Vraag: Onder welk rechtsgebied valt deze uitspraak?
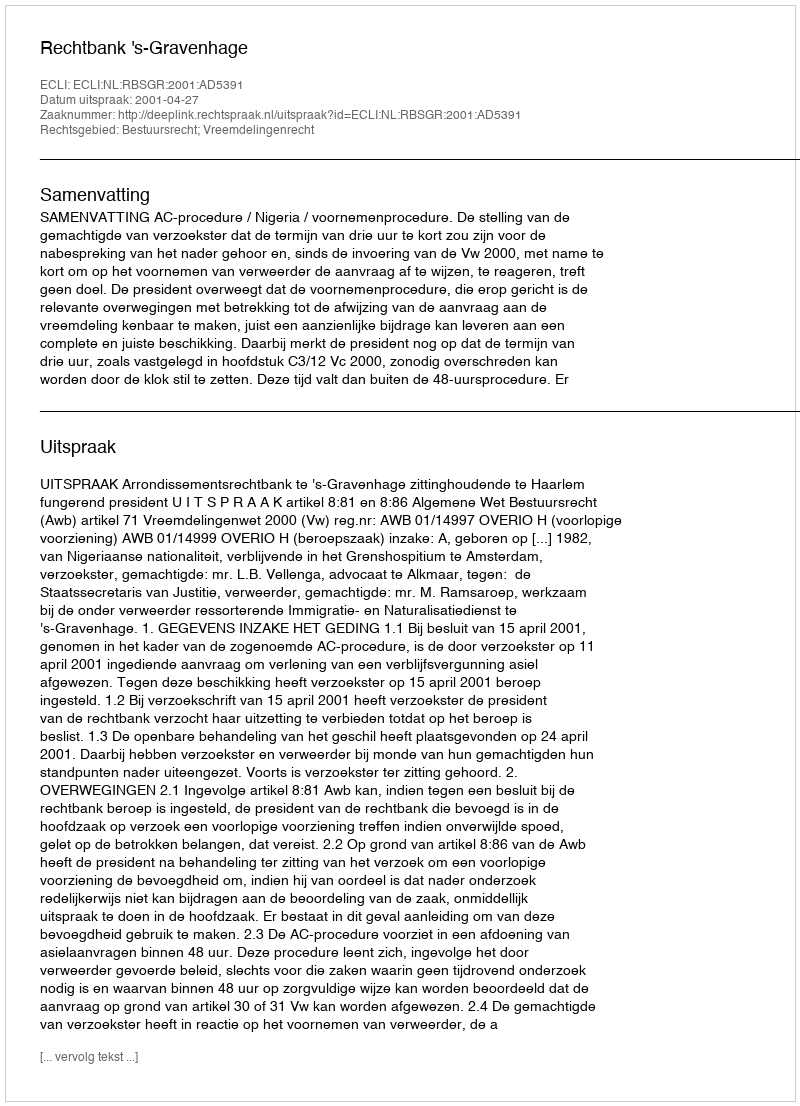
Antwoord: Bestuursrecht; Vreemdelingenrecht